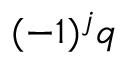
( - 1 ) ^ { j } q